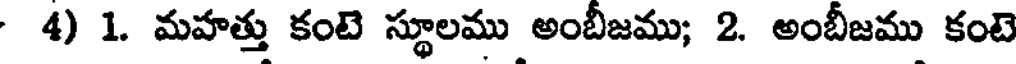
4) 1. మహత్తు కంటె స్థూలము అంబీజము; 2. అంబీజము కంటె